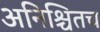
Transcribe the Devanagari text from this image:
अनिश्चितच